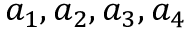
{ a } _ { 1 } , { a } _ { 2 } , { a } _ { 3 } , { a } _ { 4 }